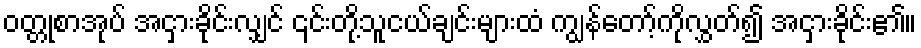
ဝတ္တုစာအုပ် အငှားခိုင်းလျှင် ၎င်းတို့သူငယ်ချင်းများထံ ကျွန်တော့်ကိုလွှတ်၍ အငှားခိုင်း၏။